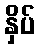
နှိပ်